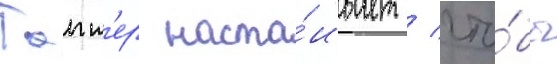
Танн'ер наста́ивает / что́бы